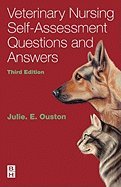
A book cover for Veterinary Nursing (3rd, 04) by PGCE, Julie Elizabeth Ouston MA Vet MB MRCVS [Paperback (2004)]; PGCE; Medical Books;